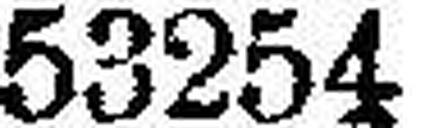
53254